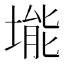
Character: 𪣾